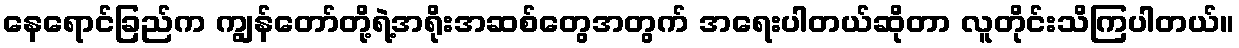
နေရောင်ခြည်က ကျွန်တော်တို့ရဲ့အရိုးအဆစ်တွေအတွက် အရေးပါတယ်ဆိုတာ လူတိုင်းသိကြပါတယ်။